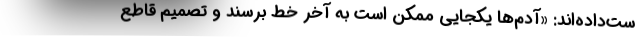
ست‌داده‌اند: «آدم‌ها یکجایی ممکن است به آخر خط برسند و تصمیم قاطع